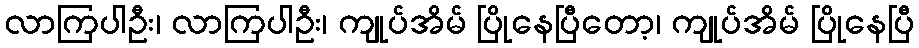
လာကြပါဦး၊ လာကြပါဦး၊ ကျုပ်အိမ် ပြိုနေပြီတော့၊ ကျုပ်အိမ် ပြိုနေပြီ